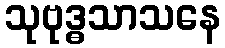
သုဗုဒ္ဓသာသနေ